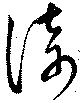
倚